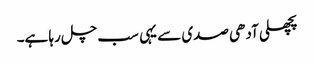
پچھلی آدھی صدی سے یہی سب چل رہا ہے۔